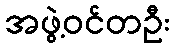
အဖွဲ့ဝင်တဦး